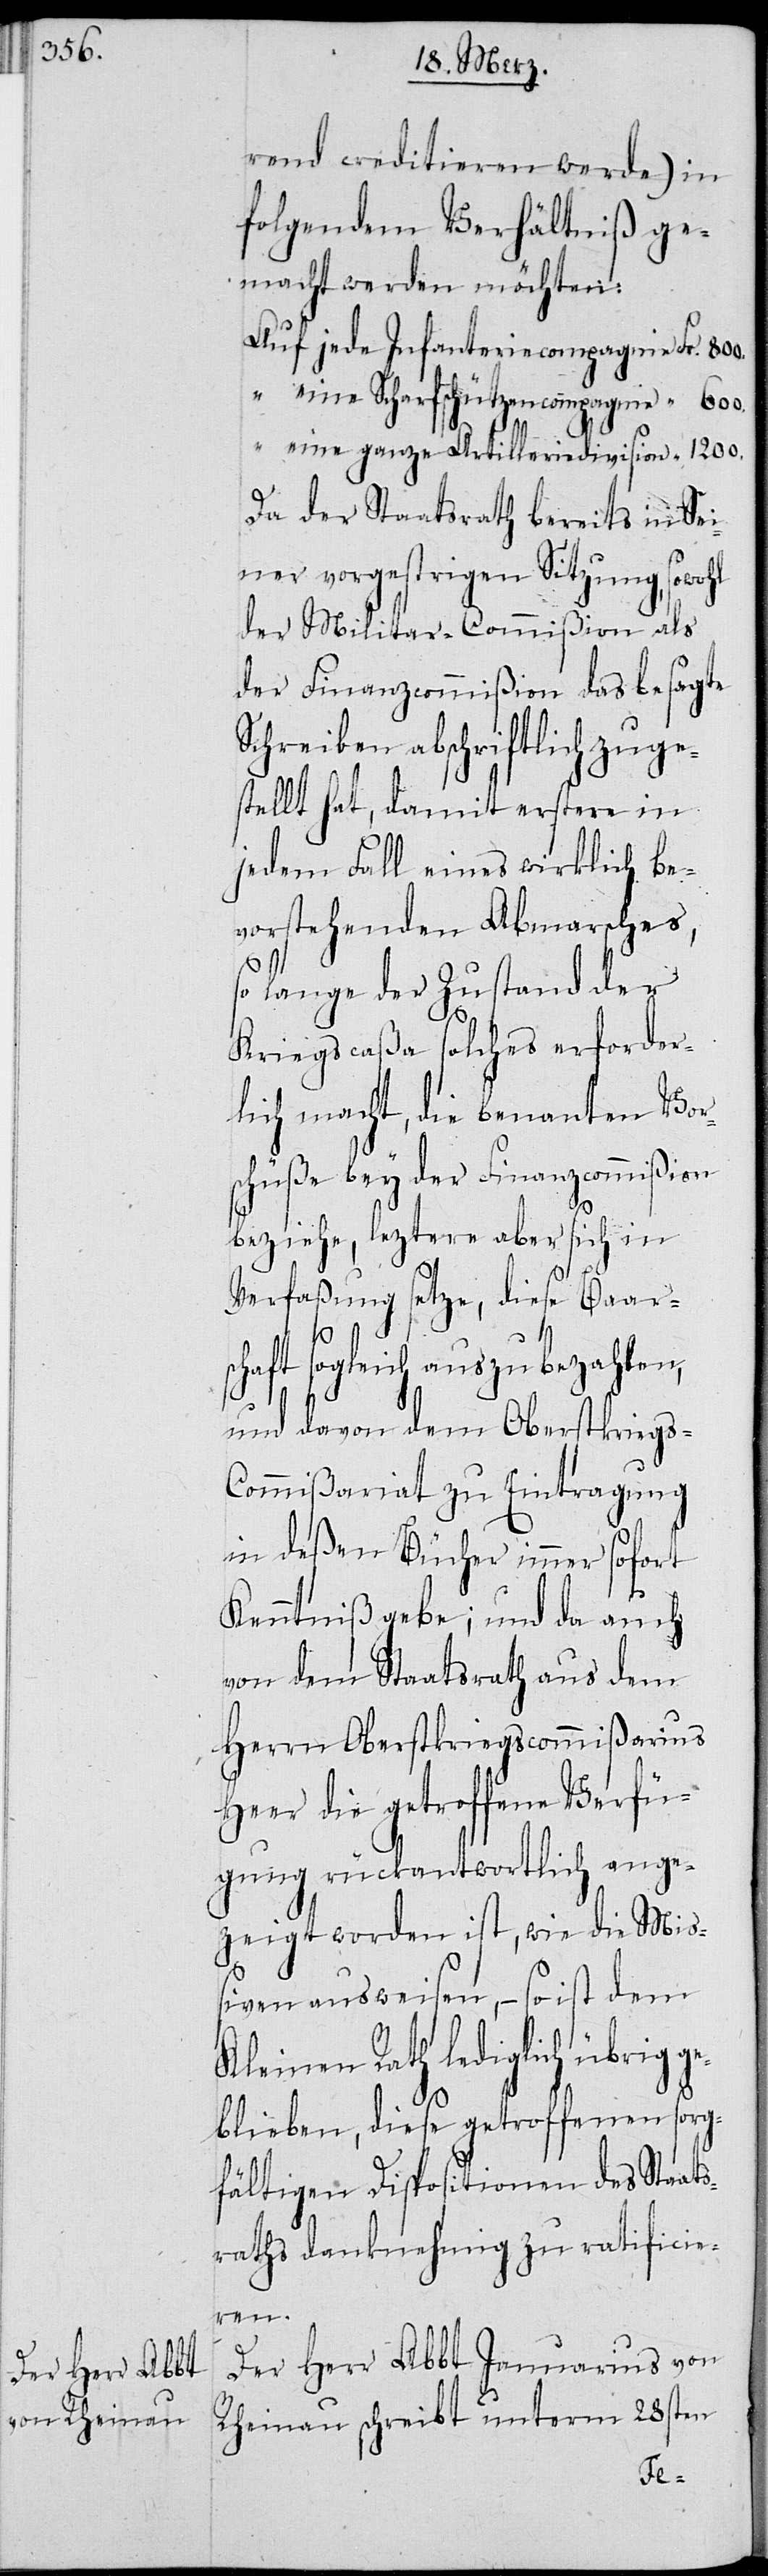
rend creditieren werde) in
folgendem Verhältniß ge¬
macht werden möchten:
jede Infanteriecompagnie
eine Scharfschützencompagnie
eine ganze Artilleriedivision
Da der Staatsrath bereits in sei¬
ner vorgestrigen Sitzung, sowohl
der Militar-Commißion als
der Finanzcommißion das besagte
Schreiben abschriftlich zuge¬
stellt hat, damit erstere in
jedem Fall eines wirklich be¬
vorstehenden Abmarsches,
so lange der Zustand der
Kriegscaßa solches erforder¬
lich macht, die benanten Vor¬
schüße bey der Finanzcommißion
beziehe, leztere sich aber sich in
Verfaßung setze, diese Baars¬
chaft sogleich auszubezahlen,
und davon dem Oberstkrieg¬
ommißariat zu Eintragung
in deßen Bücher immer sofort
Kenntniß gebe; und da auch
von dem Staatsrath aus dem
Herrn Oberstkriegscommißarius
Heer die getroffene Verfü¬
gung rückantwortlich ange¬
zeigt worden ist, wie die Mi¬
ßiven ausweisen, – so ist dem
leinen Rath lediglich übrig¬
blieben, diese getroffenen sorg¬
fältigen Dispositionen des Staat¬
sraths danknehmig zu ratificie¬
ren.
Der Herr Abbt Januarius von
Rheinau schreibt unterm 28sten
ge¬